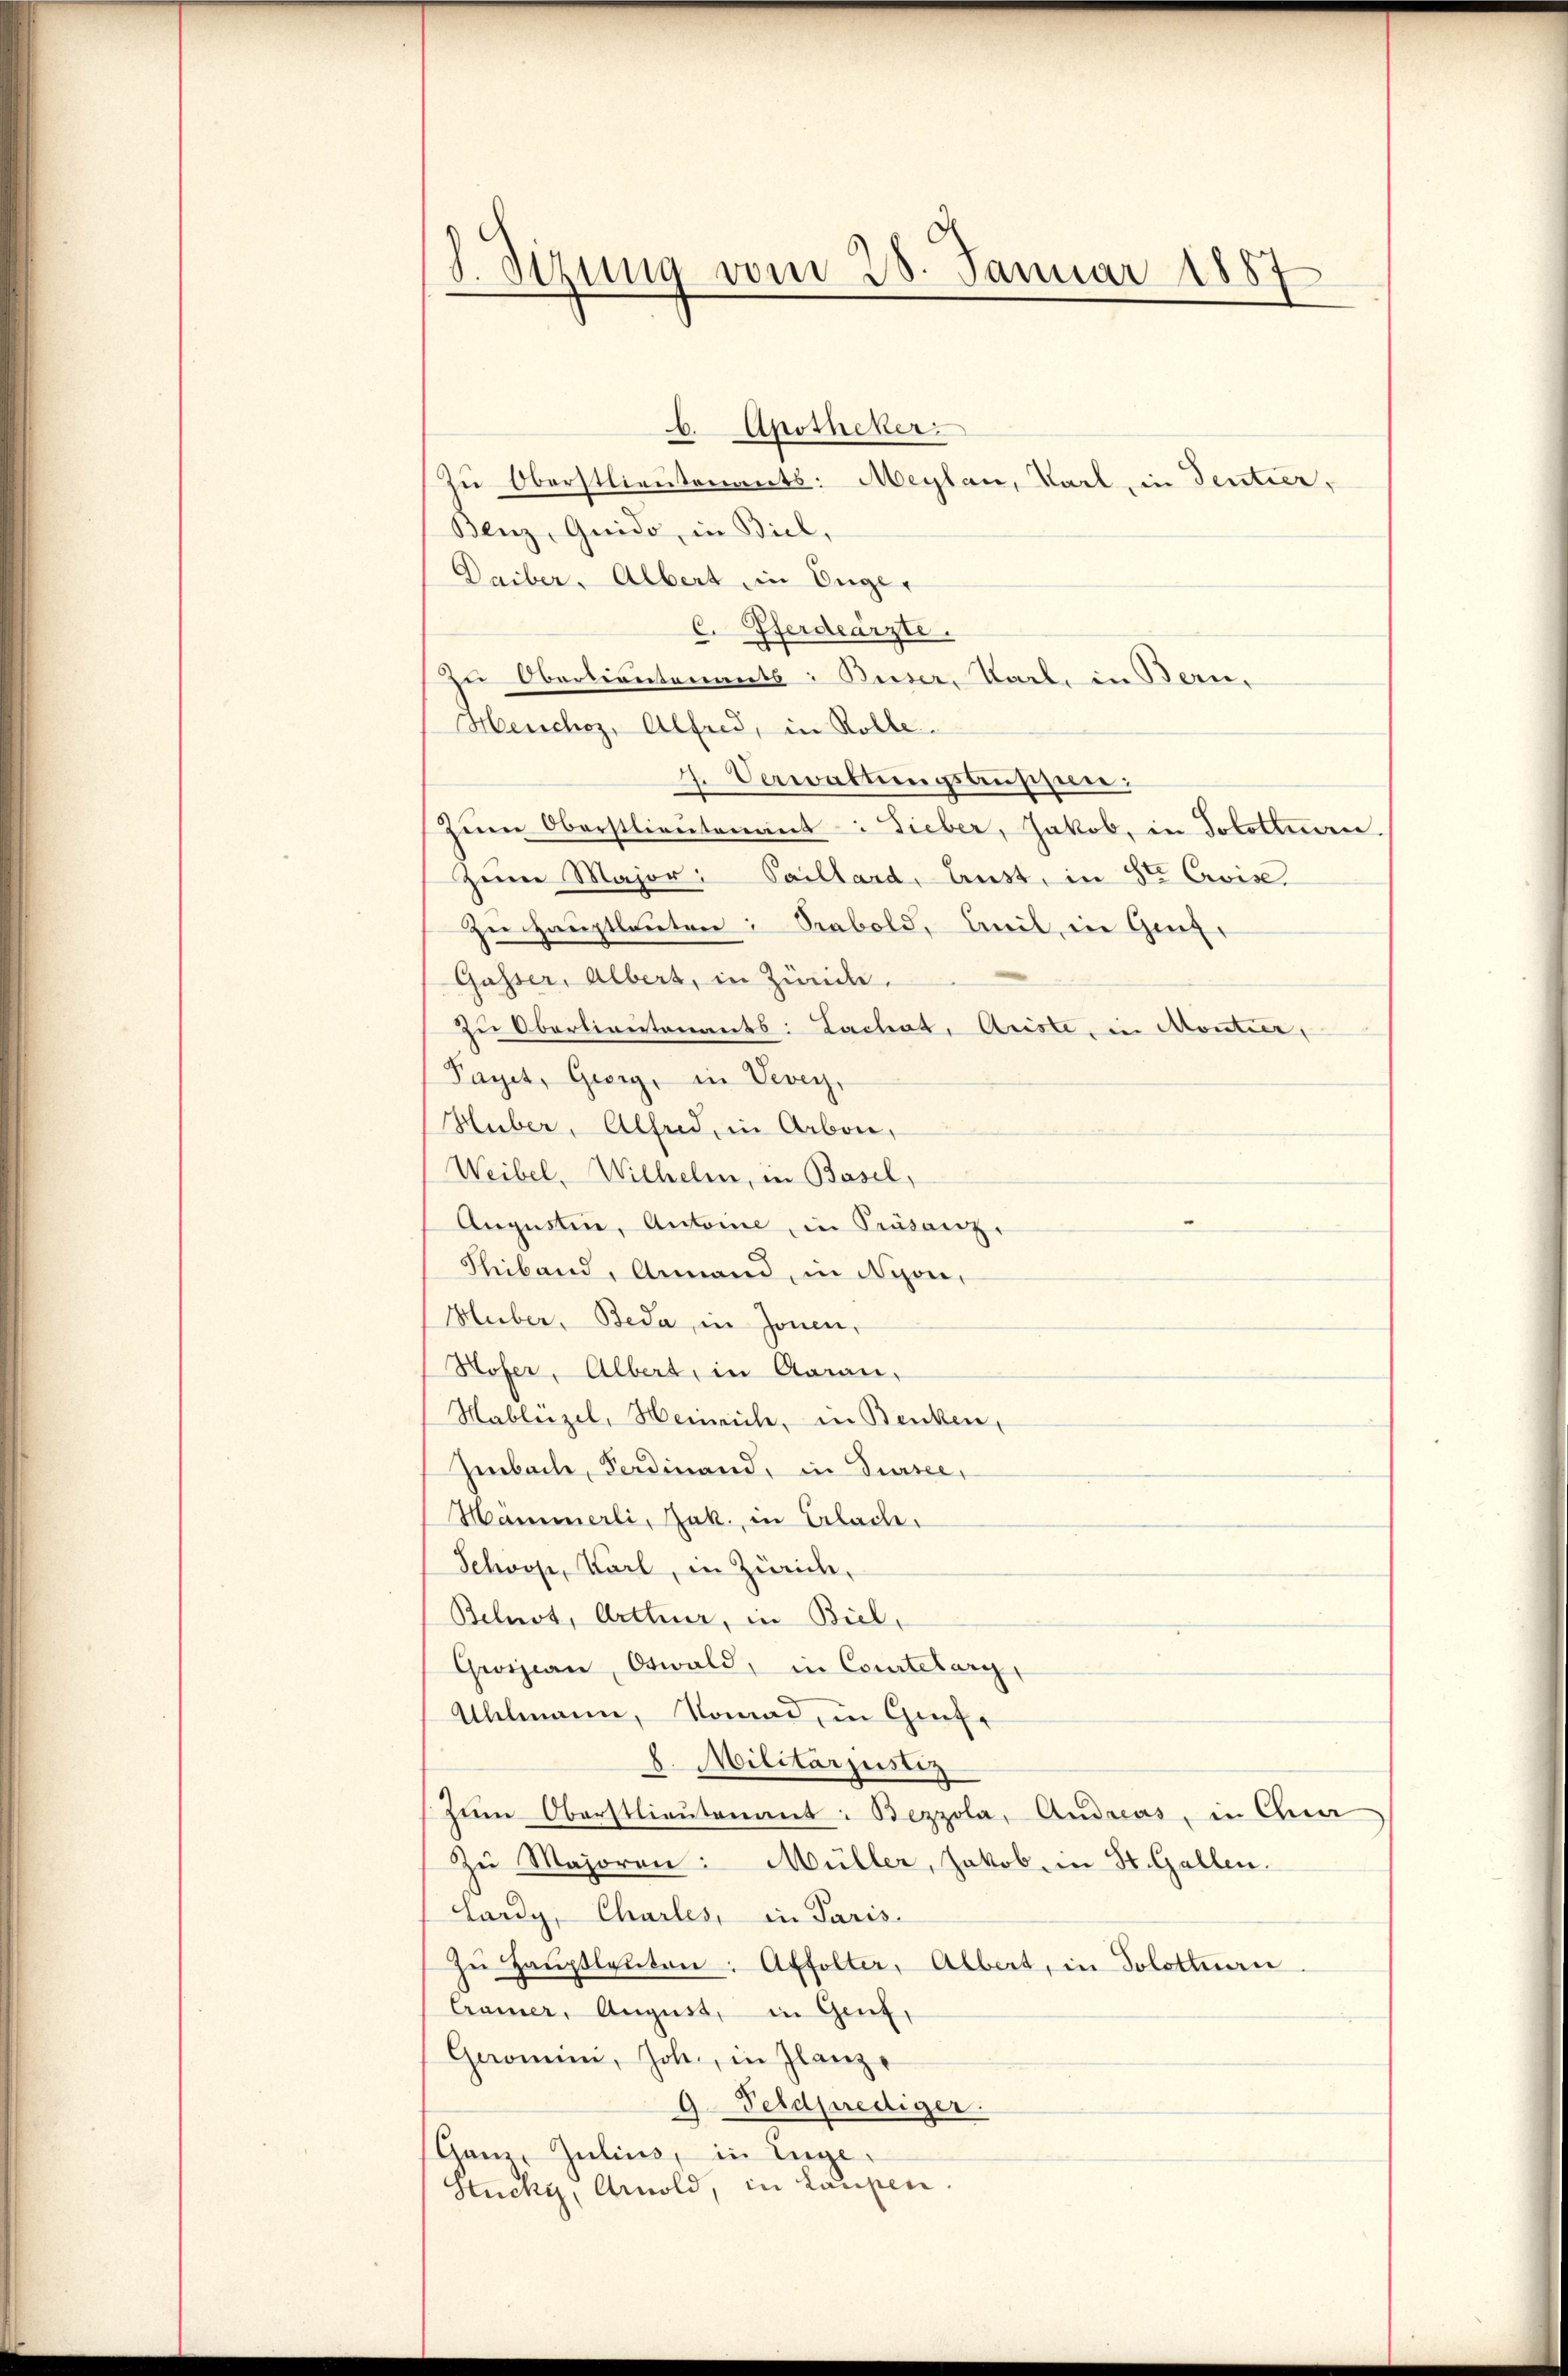
8. Sizung vom 28. Januar 1887

b.Apotheker
Zu Oberstlieutenants: Meylau, Karl, in Sentier,
Benz, Guido, in Biel,
Daiber. Albert in Unger
Pferdearzte.
C.
Zu Oberlieutenants: Beiser, Karl. in Bern,
Henchoz, Alfred, in Rolle.
2
Verwaltungsanschen:
Zum Oberstlieutenant. Fieber, Jakob, in Solotinnen
Zeiner Major: Paillard, Ernst, in St. Civis
Her Hauptlauten: Seabold, weil, in Genf,
Gasser, Albert, in Zürice,
zu Oberlieutenants: Lachat, Ariste, in Montier,
Paget, Georg, in Vevey,
Huber, Alfred, in Arbon,
Weibel, Wilhelm, in Basel,
Augustine, Antoine, in Präsenz,
Thiband, Annand, in Nyon,
Huber, Beda, in Jonen,
Hofer, Albert, in Aarau,
Hablützel, Heinrich, in Benken,
Imbache, Ferdinand, in Dursee,
Hammerli, Jak. in Erlache.
Schöppe, Karl, in Zürich,
Belust, Arttier, in Biel,
Gwizian, Obwald, in Courtelarg
Allmann, Nomad, in Genfe
h. Militärjustiz
zŭm Oberstlieutenant. Bezzola, Andreas, in Gna
Zu Majoren: Müller, Jakob, in St. Gallen.
Lardy, Charles, in Paris.
zŭ Haŭptleŭten: Affolter, Albert, in Solottan
Cramer, August, in Genf,
Geromien, Johe, in Glanze
9. Feldprediger.
Ganz Julius, in Enge¬
Stucky, Arnold, in Laupen.